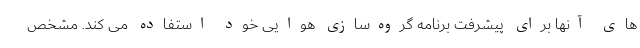
های آنها برای پیشرفت برنامه گروه‌سازی هوایی خود استفاده می کند. مشخص